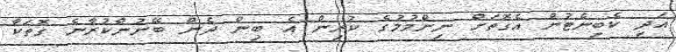
އަދި ކެބިނެޓުން އެގޮތަށް ނިންމުމުގެ ކުރިން އެ ބިން ދެން ބޭނުންކުރާނެ ގޮތަކާ